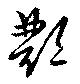
鄷